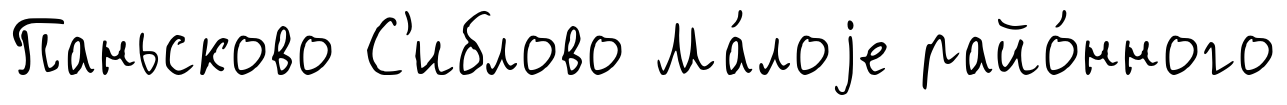
Паньсково С'иблово Ма́лоjе райо́нного